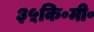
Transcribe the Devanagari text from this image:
३५कि॰मी॰